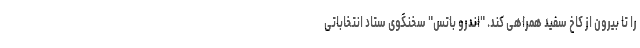
را تا بیرون از کاخ سفید همراهی کند. "اندرو باتس" سخنگوی ستاد انتخاباتی